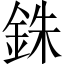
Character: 銖